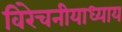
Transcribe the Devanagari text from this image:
विरेचनीयाध्याय